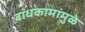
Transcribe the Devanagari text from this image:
बांधकामांमुळे